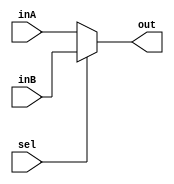
`timescale 1ns / 1ps

////////////////////////////////////////////////////////////////////////////////
// ECE369 - Computer Architecture
// 
// Module - Mux32Bit2To1.v
// Description - Performs signal multiplexing between 2 32-Bit words.
////////////////////////////////////////////////////////////////////////////////

module Mux32Bit2To1(out, inA, inB, sel);

    output reg [31:0] out;
    
    input [31:0] inA;
    input [31:0] inB;
    input sel;

    /* Fill in the implementation here ... */
    always @(*) begin
        if (sel == 1'b0) begin
            out = inA; // When sel is 0, select input A
        end else begin
            out = inB; // When sel is 1, select input B
        end
    end 

endmodule